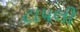
ટાપલી